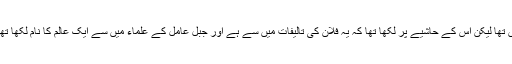
اس تحریری مسودے کا اول و آخر نہیں تھا لیکن اس کے حاشیے پر لکھا تھا کہ یہ فلان کی تالیفات میں سے ہے اور جبل عامل کے علماء میں سے ایک عالم کا نام لکھا تھا جو محقق صاحب معالم کا شاگرد تھا۔